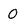
Character: 0